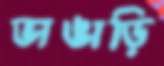
ভাঙাড়ি